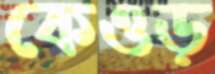
কেওড়